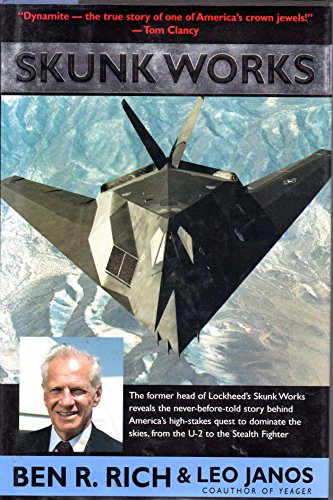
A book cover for Skunk Works: A Personal Memoir of My Years at Lockheed; Ben R. Rich; Business & Money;